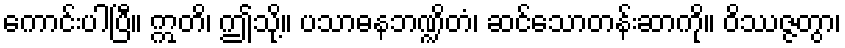
ကောင်းပါပြီ။ ဣတိ၊ ဤသို့။ ပသာဓနဘဏ္ဍိတံ၊ ဆင်သောတန်းဆာကို။ ဝိဿဇ္ဇတွာ၊